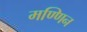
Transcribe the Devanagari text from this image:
मण्णिन